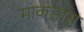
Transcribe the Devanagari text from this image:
माकडास